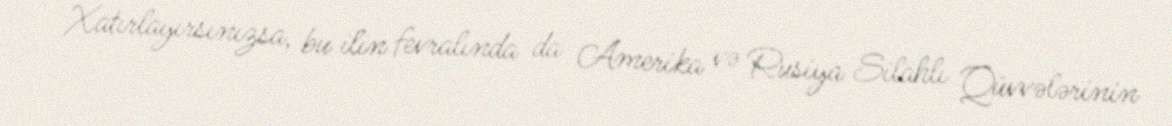
Xatırlayırsınızsa, bu ilin fevralında da Amerika və Rusiya Silahlı Qüvvələrinin